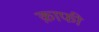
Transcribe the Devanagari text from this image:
क़ाफी